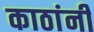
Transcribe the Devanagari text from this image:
काठांनी